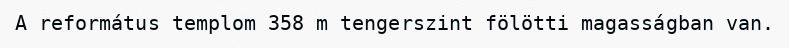
A református templom 358 m tengerszint fölötti magasságban van.